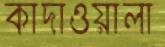
কাদাওয়ালা